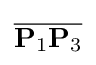
{\overline {\mathbf {P} _{1}\mathbf {P} _{3}}}